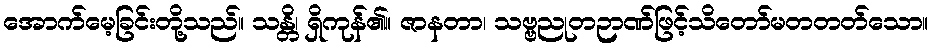
အောက်မေ့ခြင်းတို့သည်။ သန္တိ၊ ရှိကုန်၏။ ဇာနတာ၊ သဗ္ဗညုတဉာဏ်ဖြင့်သိတော်မတတတ်သော။